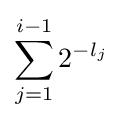
\sum _{j=1}^{i-1}2^{-l_{j}}